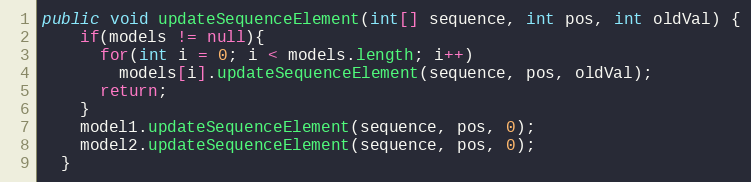
Language: Java
public void updateSequenceElement(int[] sequence, int pos, int oldVal) {
    if(models != null){
      for(int i = 0; i < models.length; i++)
        models[i].updateSequenceElement(sequence, pos, oldVal);
      return;
    }
    model1.updateSequenceElement(sequence, pos, 0);
    model2.updateSequenceElement(sequence, pos, 0);
  }